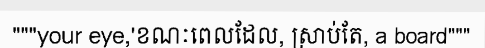
"""your eye,'ខណៈពេលដែល, ស្រាប់តែ, a board"""